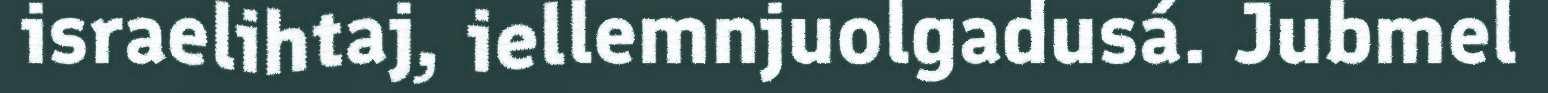
israelihtaj, iellemnjuolgadusá. Jubmel